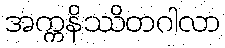
အက္ကနိဿိတဂါလာ